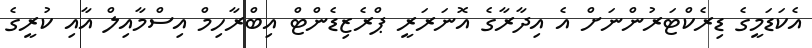
އެކަޑަމީގެ ޑިރެކްޓަރުންނަށް އެ އިދާރާގެ އޮނަރަރީ ޕްރެޒިޑެންޓް އިބްރާހިމް އިސްމާއިލް އާއި ކުރީގެ